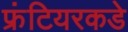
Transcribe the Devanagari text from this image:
फ्रंटियरकडे